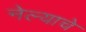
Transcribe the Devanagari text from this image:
नेल्याचे